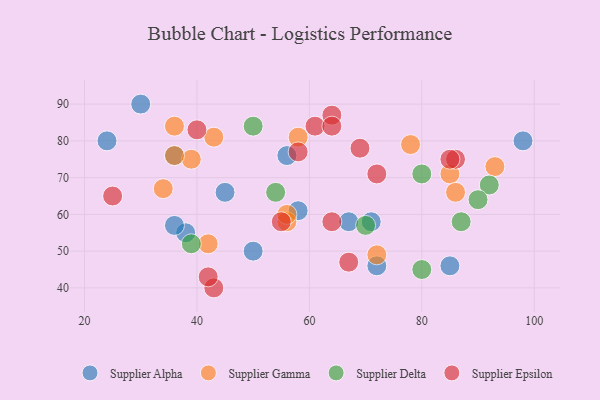
{"axis": {"x": "GDP", "y": "Life Expectancy"}, "legend": ["Supplier Alpha", "Supplier Delta", "Supplier Epsilon", "Supplier Gamma"], "data": [{"x": "24", "y": 80, "type": "Supplier Alpha"}, {"x": "30", "y": 90, "type": "Supplier Alpha"}, {"x": "38", "y": 55, "type": "Supplier Alpha"}, {"x": "36", "y": 57, "type": "Supplier Alpha"}, {"x": "56", "y": 76, "type": "Supplier Alpha"}, {"x": "45", "y": 66, "type": "Supplier Alpha"}, {"x": "58", "y": 61, "type": "Supplier Alpha"}, {"x": "36", "y": 76, "type": "Supplier Alpha"}, {"x": "71", "y": 58, "type": "Supplier Alpha"}, {"x": "85", "y": 46, "type": "Supplier Alpha"}, {"x": "72", "y": 46, "type": "Supplier Alpha"}, {"x": "50", "y": 50, "type": "Supplier Alpha"}, {"x": "98", "y": 80, "type": "Supplier Alpha"}, {"x": "67", "y": 58, "type": "Supplier Alpha"}, {"x": "42", "y": 52, "type": "Supplier Gamma"}, {"x": "39", "y": 75, "type": "Supplier Gamma"}, {"x": "56", "y": 58, "type": "Supplier Gamma"}, {"x": "56", "y": 60, "type": "Supplier Gamma"}, {"x": "72", "y": 49, "type": "Supplier Gamma"}, {"x": "78", "y": 79, "type": "Supplier Gamma"}, {"x": "36", "y": 76, "type": "Supplier Gamma"}, {"x": "36", "y": 84, "type": "Supplier Gamma"}, {"x": "85", "y": 71, "type": "Supplier Gamma"}, {"x": "93", "y": 73, "type": "Supplier Gamma"}, {"x": "58", "y": 81, "type": "Supplier Gamma"}, {"x": "86", "y": 66, "type": "Supplier Gamma"}, {"x": "43", "y": 81, "type": "Supplier Gamma"}, {"x": "34", "y": 67, "type": "Supplier Gamma"}, {"x": "54", "y": 66, "type": "Supplier Delta"}, {"x": "80", "y": 45, "type": "Supplier Delta"}, {"x": "80", "y": 71, "type": "Supplier Delta"}, {"x": "70", "y": 57, "type": "Supplier Delta"}, {"x": "50", "y": 84, "type": "Supplier Delta"}, {"x": "87", "y": 58, "type": "Supplier Delta"}, {"x": "92", "y": 68, "type": "Supplier Delta"}, {"x": "90", "y": 64, "type": "Supplier Delta"}, {"x": "39", "y": 52, "type": "Supplier Delta"}, {"x": "55", "y": 58, "type": "Supplier Epsilon"}, {"x": "40", "y": 83, "type": "Supplier Epsilon"}, {"x": "61", "y": 84, "type": "Supplier Epsilon"}, {"x": "64", "y": 87, "type": "Supplier Epsilon"}, {"x": "69", "y": 78, "type": "Supplier Epsilon"}, {"x": "67", "y": 47, "type": "Supplier Epsilon"}, {"x": "86", "y": 75, "type": "Supplier Epsilon"}, {"x": "85", "y": 75, "type": "Supplier Epsilon"}, {"x": "43", "y": 40, "type": "Supplier Epsilon"}, {"x": "64", "y": 58, "type": "Supplier Epsilon"}, {"x": "64", "y": 84, "type": "Supplier Epsilon"}, {"x": "58", "y": 77, "type": "Supplier Epsilon"}, {"x": "25", "y": 65, "type": "Supplier Epsilon"}, {"x": "42", "y": 43, "type": "Supplier Epsilon"}, {"x": "72", "y": 71, "type": "Supplier Epsilon"}]}